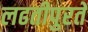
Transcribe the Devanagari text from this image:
लढतीपुरते